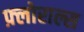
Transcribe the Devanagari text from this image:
फ़्लोराल्स